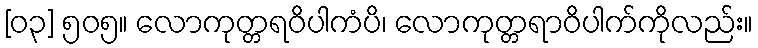
[၀၃] ၅၀၅။ လောကုတ္တရဝိပါကံပိ၊ လောကုတ္တရာဝိပါက်ကိုလည်း။